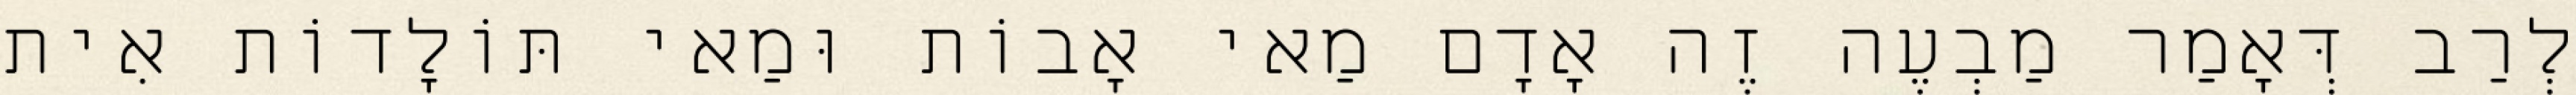
לְרַב דְּאָמַר מַבְעֶה זֶה אָדָם מַאי אָבוֹת וּמַאי תּוֹלָדוֹת אִית